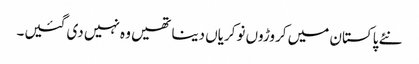
نئے پاکستان میں کروڑوں نوکریاں دینا تھیں وہ نہیں دی گئیں۔